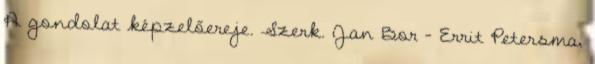
A gondolat képzelőereje. Szerk. Jan Bor – Errit Petersma,